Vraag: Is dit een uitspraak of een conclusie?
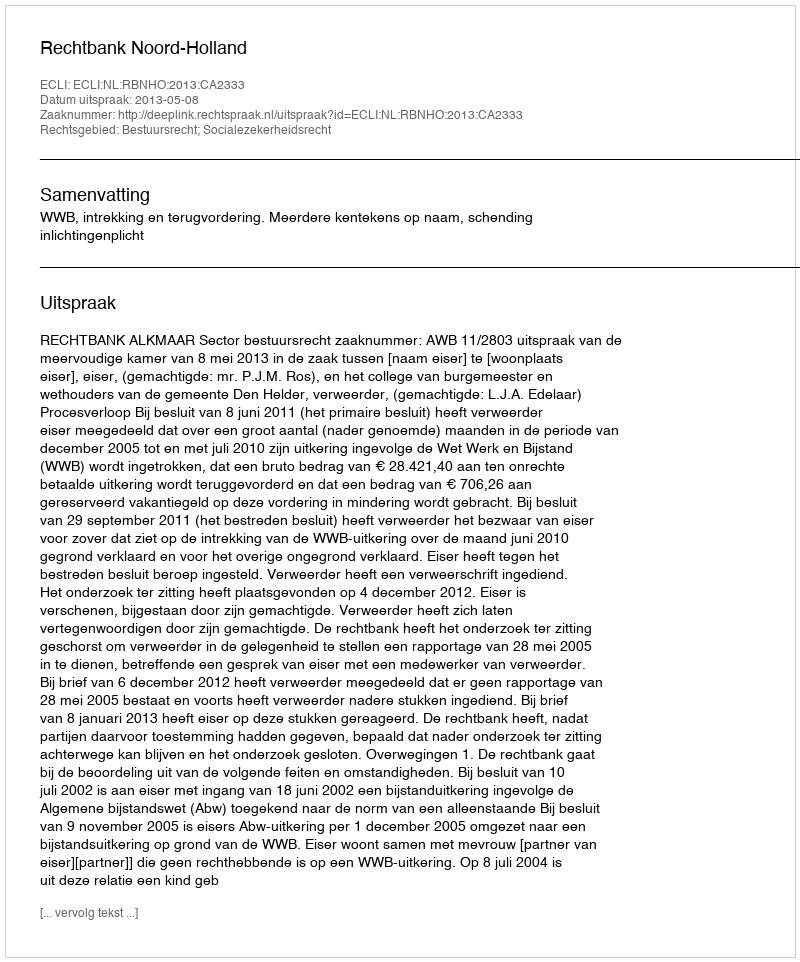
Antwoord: Uitspraak